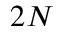
2 N